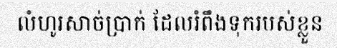
លំហូរសាច់ប្រាក់ ដែលរំពឹងទុករបស់ខ្លួន